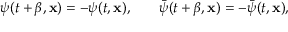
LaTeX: \psi ( t + \beta , { \bf x } ) = - \psi ( t , { \bf x } ) , \ \ \, \ \ \ \bar { \psi } ( t + \beta , { \bf x } ) = - \bar { \psi } ( t , { \bf x } ) ,